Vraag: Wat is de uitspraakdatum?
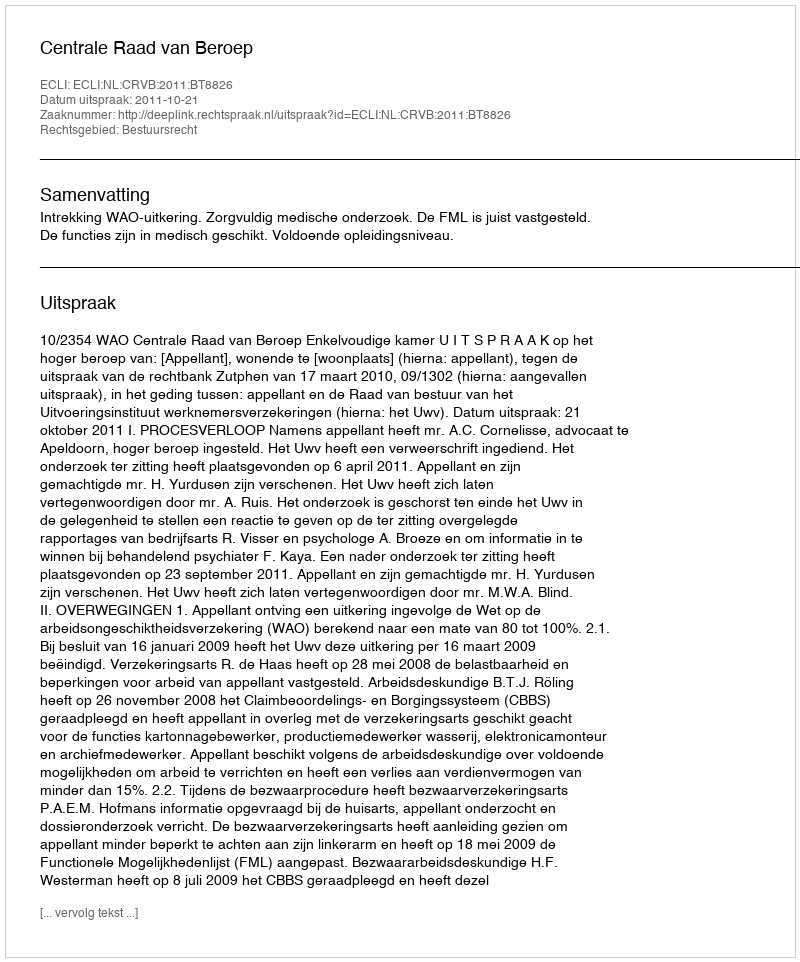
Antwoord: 2011-10-21